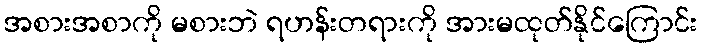
အစားအစာကို မစားဘဲ ရဟန်းတရားကို အားမထုတ်နိုင်ကြောင်း